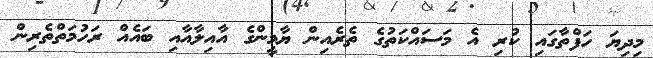
މިދިޔަ ހަފްތާގައި ކުރި އެ މަސައްކަތުގެ ތެރެއިން ޔާމީންގެ އާއިލާއާއި ބައެއް ރަހުމަތްތެރިން